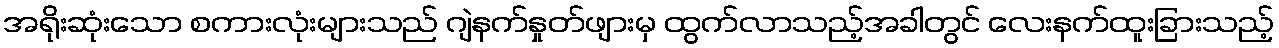
အရိုးဆုံးသော စကားလုံးများသည် ဂျဲနက်နှုတ်ဖျားမှ ထွက်လာသည့်အခါတွင် လေးနက်ထူးခြားသည့်